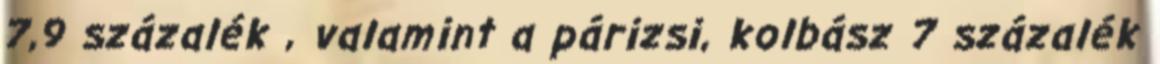
7,9 százalék , valamint a párizsi, kolbász 7 százalék